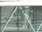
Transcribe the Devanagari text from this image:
भेदण्यास